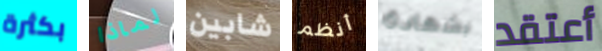
بكثرة لماذا شابين أنظم بشهادة أعتقد